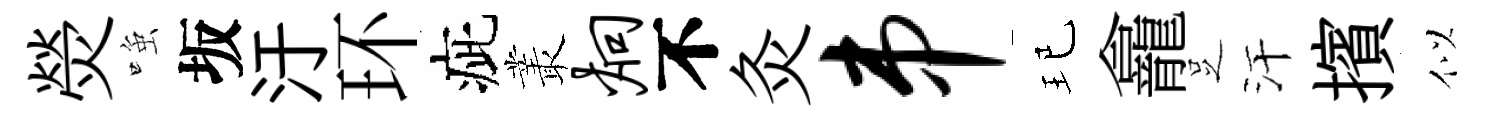
熒𫪻坂汙环疵叢炯不灸串玘龕𠯁汗擯似